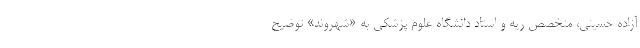
آزاده حسینی، متخصص ریه و استاد دانشگاه علوم پزشکی به «شهروند» توضیح